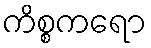
ကိစ္စကရော